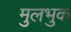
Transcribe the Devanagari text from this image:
मुलभुक